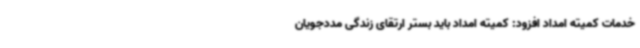
خدمات کمیته امداد افزود: کمیته امداد باید بستر ارتقای زندگی مددجویان